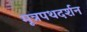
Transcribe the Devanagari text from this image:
मूत्रपथदर्शन